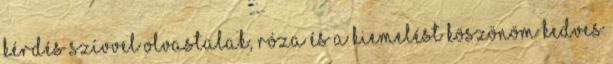
kérdés Szívvel olvastalak, Róza és a kiemelést Köszönöm kedves